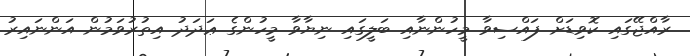
ރާއްޖޭގައި ކޮވިޑަށް ފައްސިވާ މީހުންނާއި ބަލީގައި ނިޔާވާ މީހުންގެ ޢަދަދު އިތުރުވަމުން އަންނައިރު